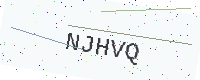
Text: NJHVQ